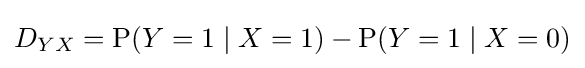
D_{YX}=\operatorname {P} (Y=1\mid X=1)-\operatorname {P} (Y=1\mid X=0)